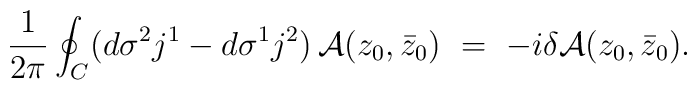
\frac{1}{2\pi}\oint_C (d\sigma^2 j^1 - d\sigma^1 j^2)\,{\cal A}(z_0,\bar z_0)\ =\ - i\delta {\cal A}(z_0,\bar z_0).